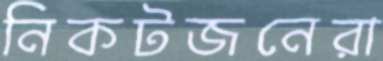
নিকটজনেরা